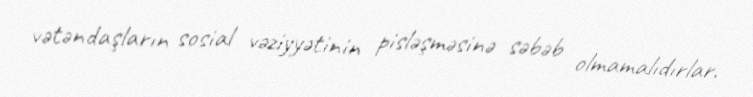
vətəndaşların sosial vəziyyətinin pisləşməsinə səbəb olmamalıdırlar.